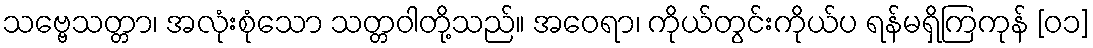
သဗ္ဗေသတ္တာ၊ အလုံးစုံသော သတ္တဝါတို့သည်။ အဝေရာ၊ ကိုယ်တွင်းကိုယ်ပ ရန်မရှိကြကုန် [၀၁]